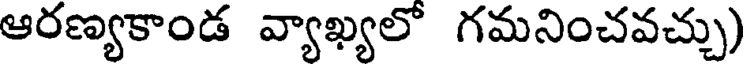
ఆరణ్యకాండ వ్యాఖ్యలో గమనించవచ్చు)